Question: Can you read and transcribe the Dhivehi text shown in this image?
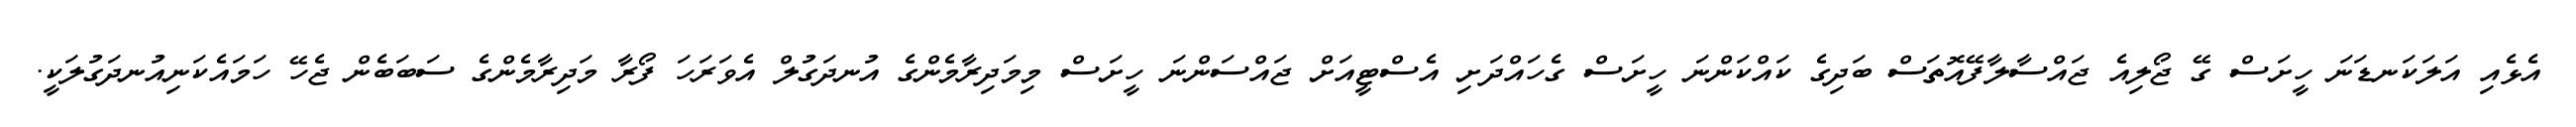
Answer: އެޅެއި އަލަކަނޑަނަ ހީށަސް ގޭ ޖޯލިއެ ޖައްސާލާފޭއޮތަސް ބަދިގެ ކައްކަންނަ ހީށަސް ގެހައްދަށި އެސްޓީއަށް ޖައްސަންނަ ހީށަސް މިމަދިރާމެންގެ އުނދަގުލް އެވަރަހަ ފޯރާ މަދިރާމެންގެ ސަބަބެން ޖެހޭ ހަމައެކަނިއުނދަގުލަކީ.